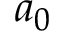
a _ { 0 }